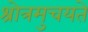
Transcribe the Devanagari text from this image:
श्रोत्रमुचयते